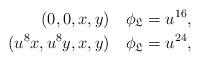
LaTeX: \begin{align*}(0,0,x,y)&\quad\phi_{\mathfrak{L}} = u^{16},\\(u^8x,u^8y,x,y)&\quad\phi_{\mathfrak{L}} = u^{24},\end{align*}